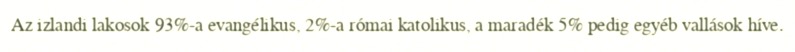
Az izlandi lakosok 93%-a evangélikus, 2%-a római katolikus, a maradék 5% pedig egyéb vallások híve.